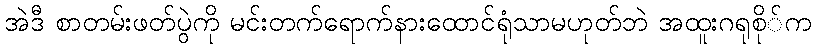
အဲဒီ စာတမ်းဖတ်ပွဲကို မင်းတက်ရောက်နားထောင်ရုံသာမဟုတ်ဘဲ အထူးဂရုစို်က